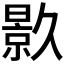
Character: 𭧟